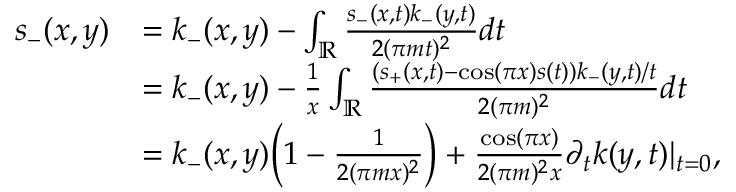
\begin{array} { r l } { s _ { - } ( x , y ) } & { = k _ { - } ( x , y ) - \int _ { \mathbb { R } } \frac { s _ { - } ( x , t ) k _ { - } ( y , t ) } { 2 ( \pi m t ) ^ { 2 } } d t } \\ & { = k _ { - } ( x , y ) - \frac 1 { x } \int _ { \mathbb { R } } \frac { ( s _ { + } ( x , t ) - \cos ( \pi x ) s ( t ) ) k _ { - } ( y , t ) / t } { 2 ( \pi m ) ^ { 2 } } d t } \\ & { = k _ { - } ( x , y ) \bigg ( 1 - \frac 1 { 2 ( \pi m x ) ^ { 2 } } \bigg ) + \frac { \cos ( \pi x ) } { 2 ( \pi m ) ^ { 2 } x } \partial _ { t } k ( y , t ) | _ { t = 0 } , } \end{array}